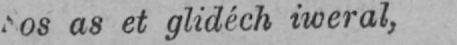
as et glidéch iweral,